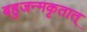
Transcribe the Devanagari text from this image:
बहुजन्मकृतात्